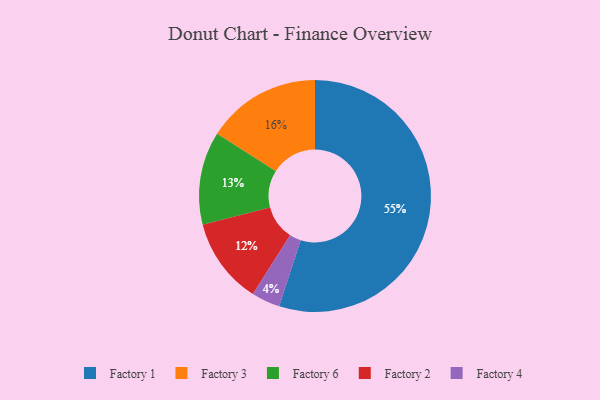
{"axis": {"x": "Category", "y": "Percentage"}, "legend": ["Factory 1", "Factory 2", "Factory 3", "Factory 4", "Factory 6"], "data": [{"x": "Factory 3", "y": 16, "type": "Factory 3"}, {"x": "Factory 4", "y": 4, "type": "Factory 4"}, {"x": "Factory 6", "y": 13, "type": "Factory 6"}, {"x": "Factory 2", "y": 12, "type": "Factory 2"}, {"x": "Factory 1", "y": 55, "type": "Factory 1"}]}